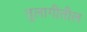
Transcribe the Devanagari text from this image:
तुलागीतील